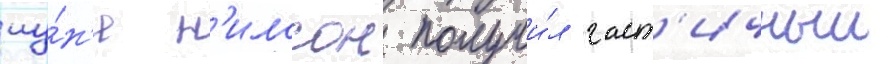
иу́н'е н'илссон получи́л част'ичныи